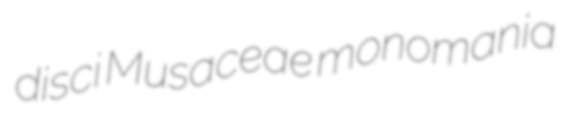
disci Musaceae monomania